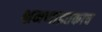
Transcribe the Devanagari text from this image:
भ्रमणाइतकाच